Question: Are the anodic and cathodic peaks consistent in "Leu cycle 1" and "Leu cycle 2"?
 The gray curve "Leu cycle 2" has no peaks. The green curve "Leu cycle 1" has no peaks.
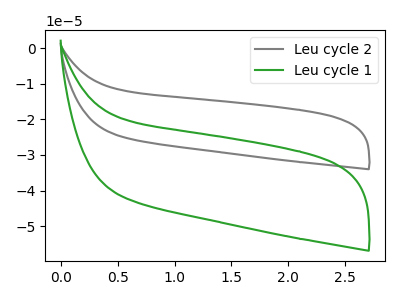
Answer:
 <answer>Niether CV has any peaks.</answer>
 <eval>blanks</eval>